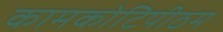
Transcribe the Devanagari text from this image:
कामकोटिपीठम